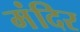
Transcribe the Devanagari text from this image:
मंंदिर